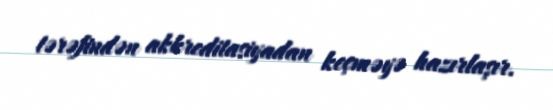
tərəfindən akkreditasiyadan keçməyə hazırlaşır.